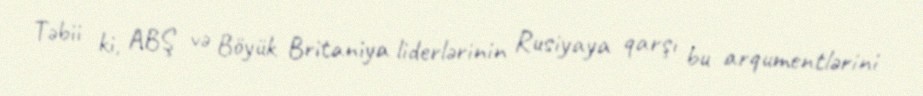
Təbii ki, ABŞ və Böyük Britaniya liderlərinin Rusiyaya qarşı bu arqumentlərini